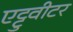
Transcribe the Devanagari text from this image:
एट्टुवीटर